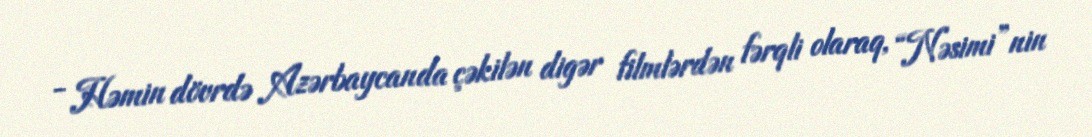
- Həmin dövrdə Azərbaycanda çəkilən digər filmlərdən fərqli olaraq, “Nəsimi”nin